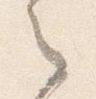
之